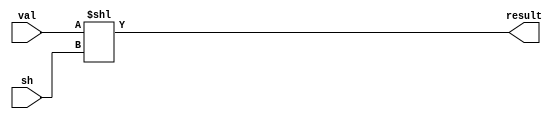
module shiftLeft #(parameter SIZE = 16, parameter SIZEOUT = 32)(input [SIZE-1:0] val, input [4:0] sh, output [SIZEOUT-1:0] result);
	//assign result = {[SIZE-1-LEFT:0]val , (LEFT) 1'b0};
	assign result = val<<sh;
endmodule